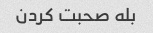
بله صحبت کردن